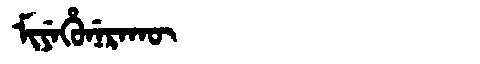
Manchu: ᠮᡳᠶᡝᡥᡠᠨᡝᡵᠠᡴᡡ
Romanization: MIYEHUNERAKŪ